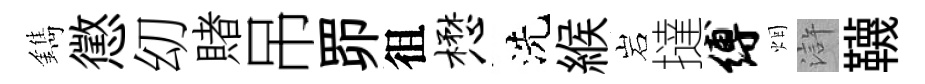
鐫懲㓜賭吊𦊑徂懋洗緱岩撻缚烟滸韈